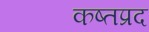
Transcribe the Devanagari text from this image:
कष्तप्रद